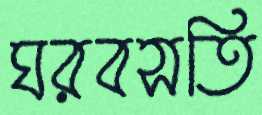
ঘরবসতি